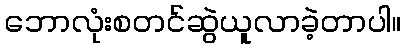
ဘောလုံးစတင်ဆွဲယူလာခဲ့တာပါ။